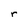
Character: r